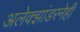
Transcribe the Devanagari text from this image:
अलेक्झांडरनेही